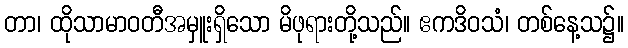
တာ၊ ထိုသာမာဝတီအမှူးရှိသော မိဖုရားတို့သည်။ ဧကဒိဝသံ၊ တစ်နေ့သ၌။